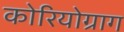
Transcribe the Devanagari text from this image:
कोरियोग्राग